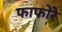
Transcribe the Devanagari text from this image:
फाफोरे